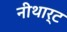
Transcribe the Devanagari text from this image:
नीथार्ट